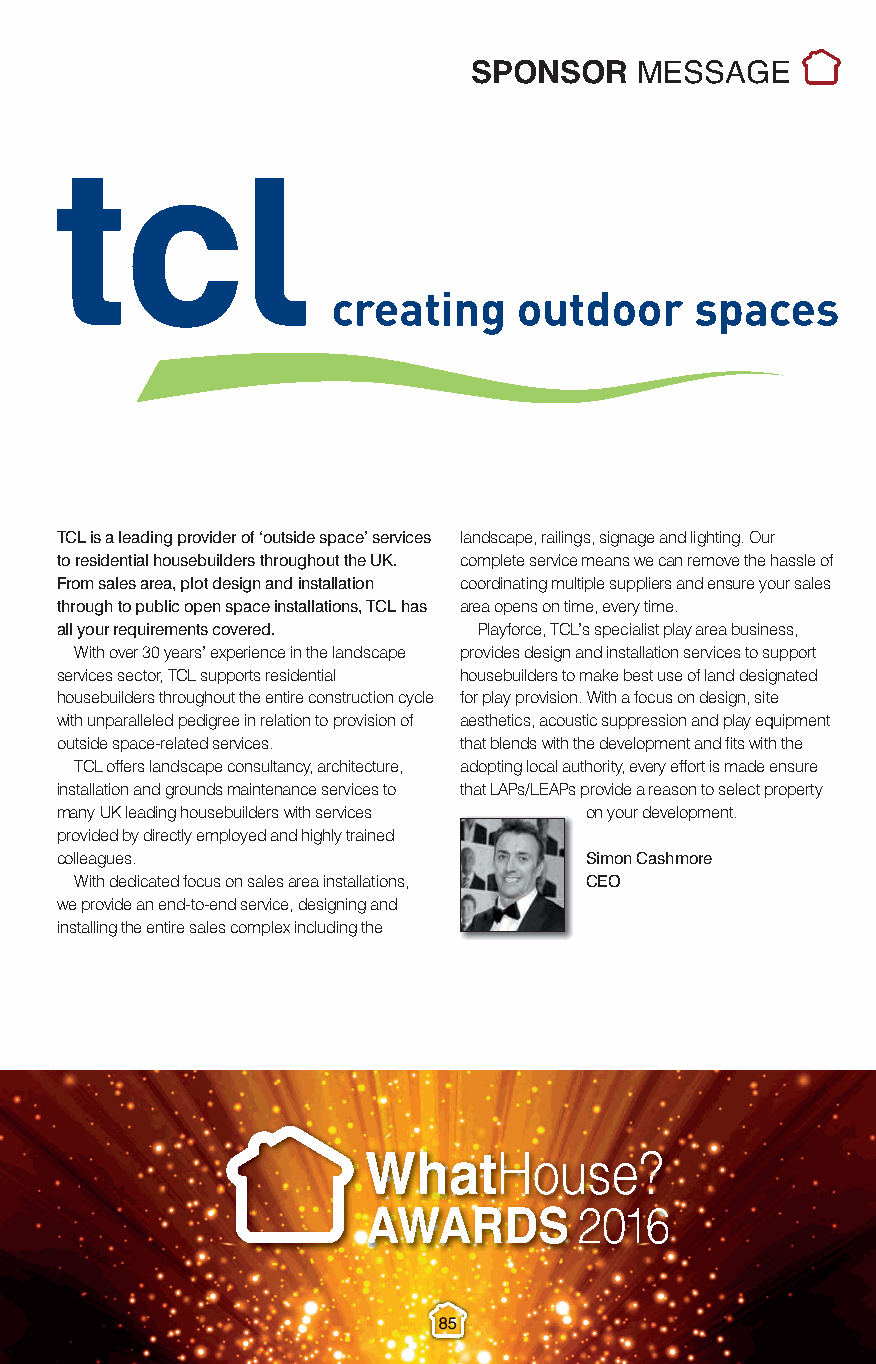
Sponsor Messages_3.qxp_Layout 1 10/11/2016 22:11 Page 6
 SPONSOR    MESSAGE
 TCL is a leading provider of ‘outside space’ services landscape, railings, signage and lighting. Our
 to residential housebuilders throughout the UK. complete service means we can remove the hassle of
 From sales area, plot design and installation coordinating multiple suppliers and ensure your sales
 through to public open space installations, TCL has area opens on time, every time.
 all your requirements covered. Playforce, TCL’s specialist play area business,
 With over 30 years’ experience in the landscape provides design and installation services to support
 services sector, TCL supports residential housebuilders to make best use of land designated
 housebuilders throughout the entire construction cycle for play provision. With a focus on design, site
 with unparalleled pedigree in relation to provision of aesthetics, acoustic suppression and play equipment
 outside space-related services. that blends with the development and fits with the
 TCL offers landscape consultancy, architecture, adopting local authority, every effort is made ensure
 installation and grounds maintenance services to that LAPs/LEAPs provide a reason to select property
 many UK leading housebuilders with services on your development.
 provided by directly employed and highly trained
 colleagues.                        Simon Cashmore
 With dedicated focus on sales area installations, CEO
 we provide an end-to-end service, designing and
 installing the entire sales complex including the
 85